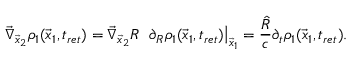
\vec { \nabla } _ { \vec { x } _ { 2 } } \rho _ { 1 } ( \vec { x } _ { 1 } , t _ { r e t } ) = \vec { \nabla } _ { \vec { x } _ { 2 } } R ~ \left. \partial _ { R } \rho _ { 1 } ( \vec { x } _ { 1 } , t _ { r e t } ) \right| _ { \vec { x } _ { 1 } } = \frac { \hat { R } } { c } \partial _ { t } \rho _ { 1 } ( \vec { x } _ { 1 } , t _ { r e t } ) .